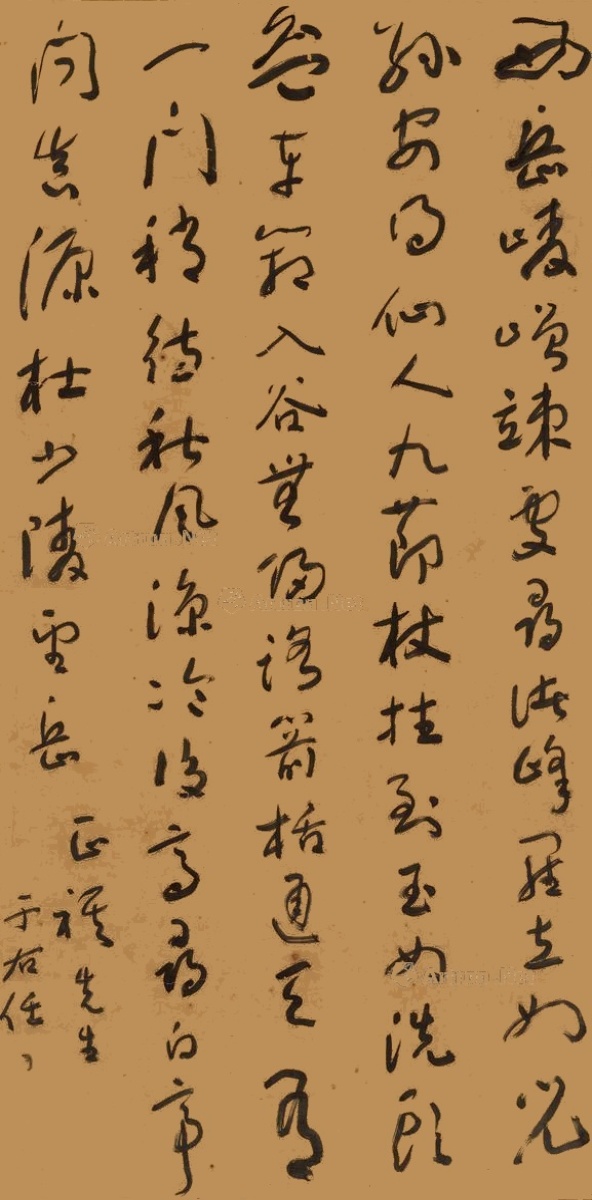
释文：西岳崚嶒竦处寻，诸峰罗立如儿孙。安得仙人九节杖，拄到玉女洗头盆。车箱入谷无归路，箭栝通天有一门。稍待秋风凉冷后，高寻白帝问真源。杜少陵望岳。正祺先生，于右任。